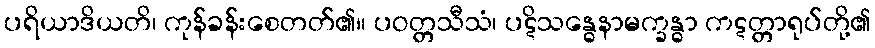
ပရိယာဒိယတိ၊ ကုန်ခန်းစေတတ်၏။ ပဝတ္တသီသံ၊ ပဋိသန္ဓေနာမက္ခန္ဓာ ကဋတ္တာရုပ်တို့၏